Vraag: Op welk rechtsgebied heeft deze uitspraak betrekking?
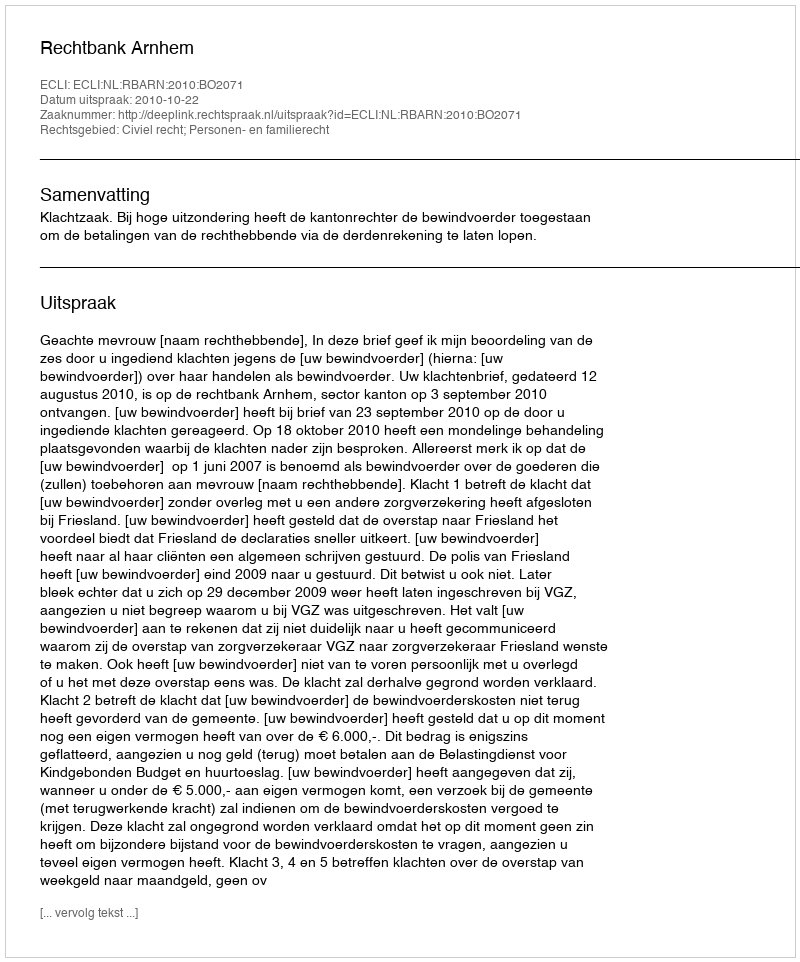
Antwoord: Civiel recht; Personen- en familierecht